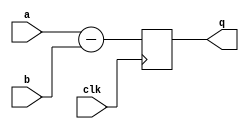
module subfxp(a, b, q, clk);

   parameter width = 16, cycles=1;
   
   input signed [width-1:0]  a, b;
   input                     clk;   
   output signed [width-1:0] q;
   reg signed [width-1:0]    res[cycles-1:0];

   assign                    q = res[cycles-1];
   
   integer                   i;   
   
   always @(posedge clk) begin
     res[0] <= a-b;
      for (i=1; i < cycles; i = i+1)
        res[i] <= res[i-1];
      
   end
  
endmodule